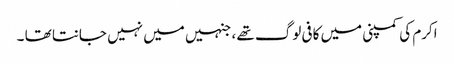
اکرم کی کمپنی میں کافی لوگ تھے ، جنہیں میں نہیں جانتا تھا ۔